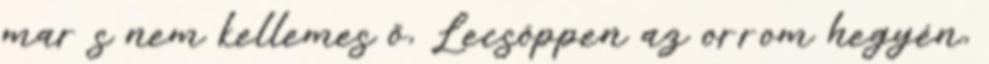
mar s nem kellemes ő, Lecsöppen az orrom hegyén,